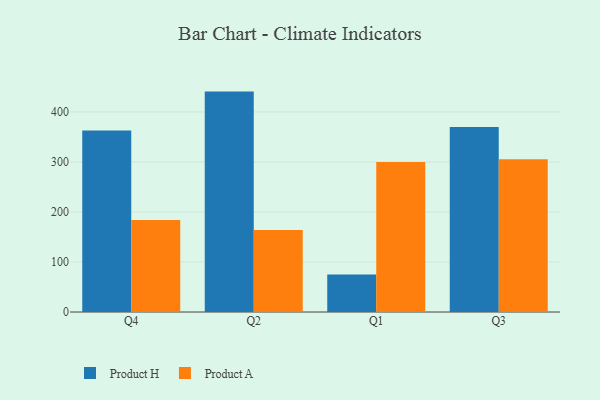
{"axis": {"x": "Quarter", "y": "Market Share (%)"}, "legend": ["Product A", "Product H"], "data": [{"x": "Q4", "y": 362.9, "type": "Product H"}, {"x": "Q4", "y": 184.1, "type": "Product A"}, {"x": "Q2", "y": 440.7, "type": "Product H"}, {"x": "Q2", "y": 164.1, "type": "Product A"}, {"x": "Q1", "y": 75.0, "type": "Product H"}, {"x": "Q1", "y": 299.7, "type": "Product A"}, {"x": "Q3", "y": 370.0, "type": "Product H"}, {"x": "Q3", "y": 305.5, "type": "Product A"}]}